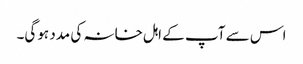
اس سے آپ کے اہل خانہ کی مدد ہوگی۔